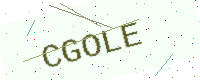
Text: CGOLE